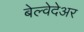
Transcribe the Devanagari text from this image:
बेल्वेदेअर